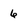
Character: 6